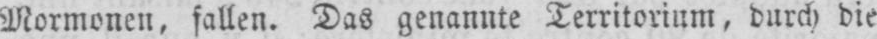
Mormonen, fallen. Das genannte Territorium, durch die